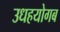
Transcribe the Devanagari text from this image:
उधहयोगब